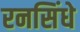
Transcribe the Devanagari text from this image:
रनसिंधे